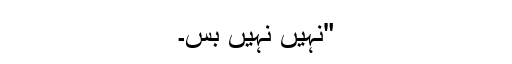
"نہیں نہیں بس۔